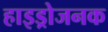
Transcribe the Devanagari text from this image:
हाइड्रोजनक